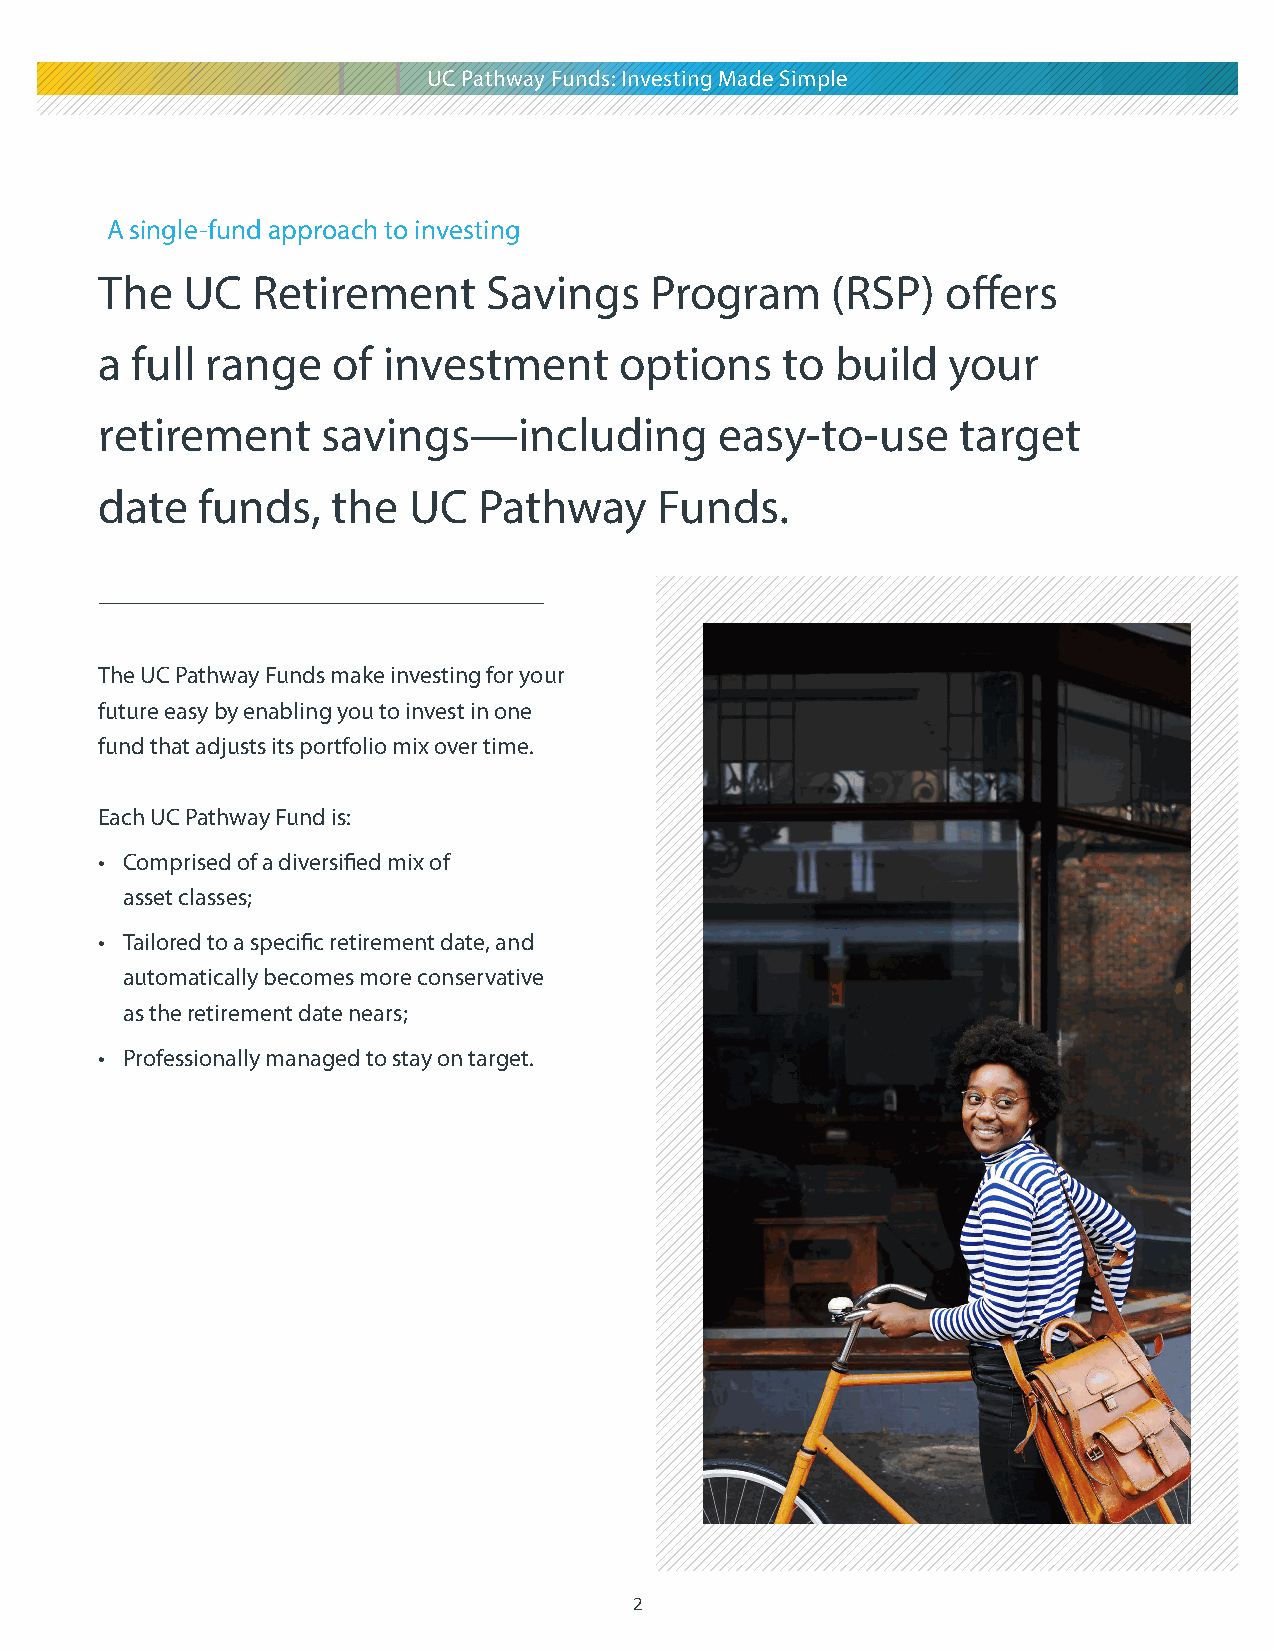
UC Pathway Funds: Investing Made Simple
 A single-fund approach to investing
 The  UC   Retirement     Savings    Program     (RSP)   offers
 a full range   of investment      options    to build   your
 retirement    savings—including          easy-to-use     target
 date  funds,   the  UC   Pathway     Funds.
 The UC Pathway Funds make investing for your
 future easy by enabling you to invest in one
 fund that adjusts its portfolio mix over time.
 Each UC Pathway Fund is:
 • Comprised of a diversified mix of
 asset classes;
 • Tailored to a specific retirement date, and
 automatically becomes more conservative
 as the retirement date nears;
 • Professionally managed to stay on target.
 2